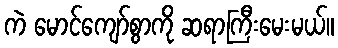
ကဲ မောင်ကျော်စွာကို ဆရာကြီးမေးမယ်။